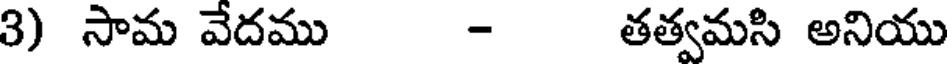
3) సామ వేదము - తత్వమసి అనియు